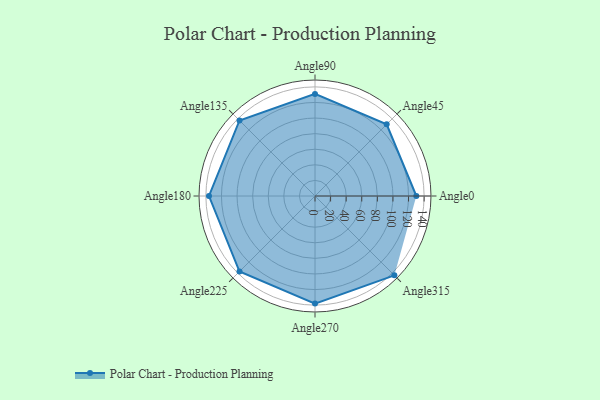
{"axis": {"x": "Angle", "y": "Radius"}, "legend": [""], "data": [{"x": "Angle0", "y": 130.0, "type": ""}, {"x": "Angle45", "y": 130.0, "type": ""}, {"x": "Angle90", "y": 131.0, "type": ""}, {"x": "Angle135", "y": 137.0, "type": ""}, {"x": "Angle180", "y": 136.0, "type": ""}, {"x": "Angle225", "y": 137.0, "type": ""}, {"x": "Angle270", "y": 138.0, "type": ""}, {"x": "Angle315", "y": 144.0, "type": ""}]}